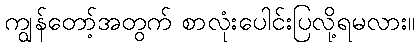
ကျွန်တော့်အတွက် စာလုံးပေါင်းပြလို့ရမလား။